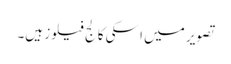
تصویر میں اسکی کالج فیلوز ہیں۔